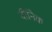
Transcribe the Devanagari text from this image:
दीनिक